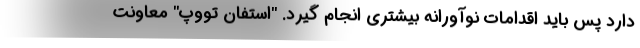
دارد پس باید اقدامات نوآورانه بیشتری انجام گیرد. "استفان تووپ" معاونت